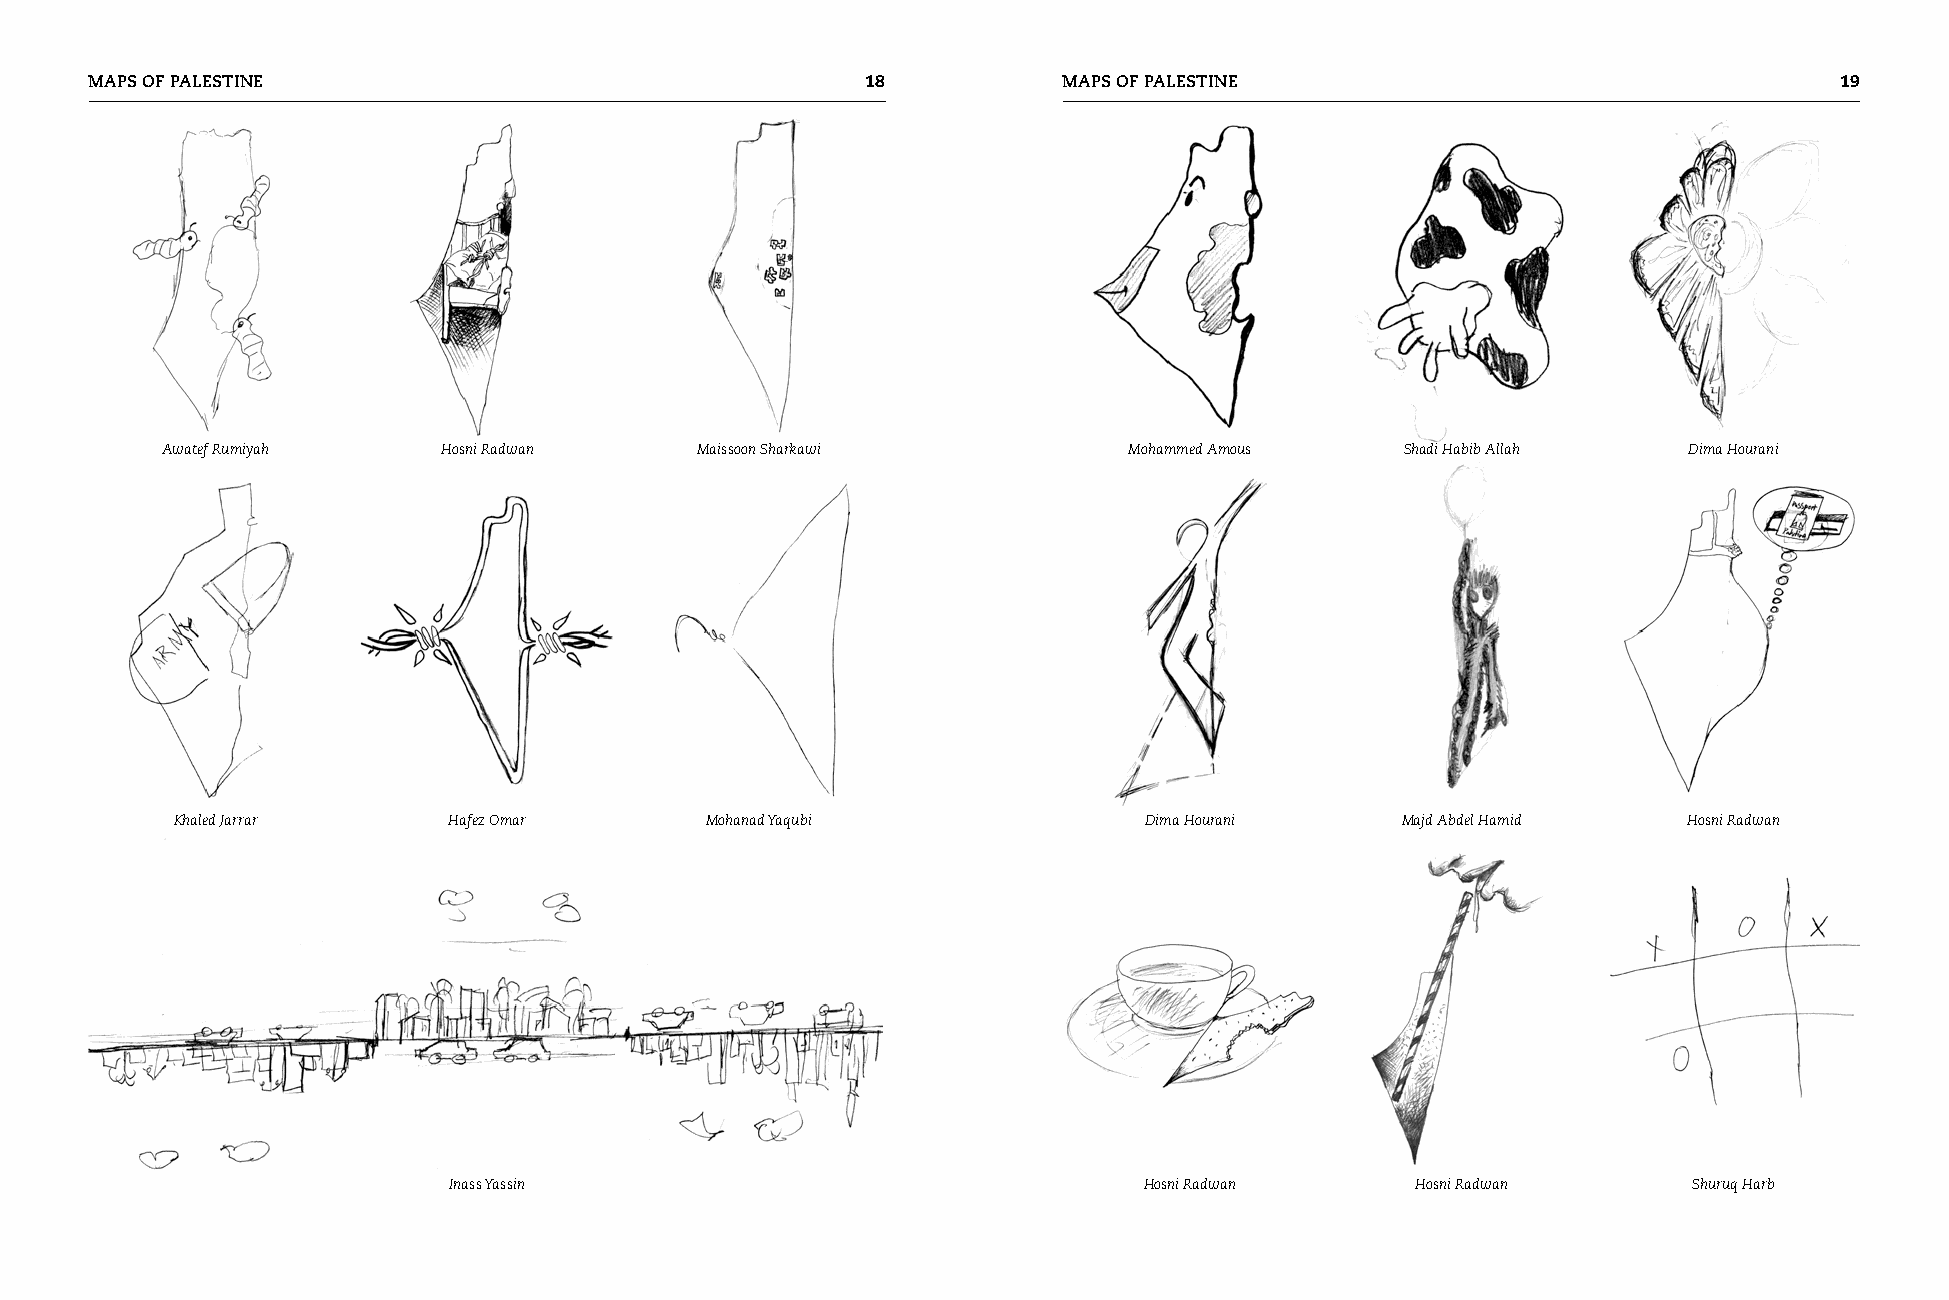
MAPS OF PALESTINE                                  1           MAPS OF PALESTINE                                   19
 Awatef Rumiyah    Hosni Radwan     Maissoon Sharkawi            Mohammed Amous    Shadi Habib Allah  Dima Hourani
 Khaled Jarrar     Hafez Omar       Mohanad Yaqubi               Dima Hourani     Majd Abdel Hamid   Hosni Radwan
 Inass Yassin                                  Hosni Radwan      Hosni Radwan      Shuruq Harb